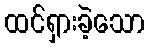
ထင်ရှားခဲ့သော